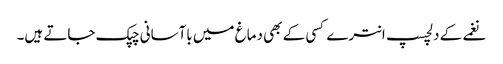
نغمے کے دلچسپ انترے کسی کے بھی دماغ میں باآسانی چپک جاتے ہیں۔